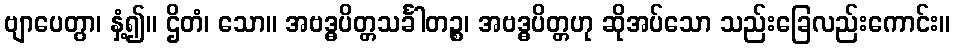
ဗျာပေတွာ၊ နှံ့၍။ ဌိတံ၊ သော။ အဗဒ္ဓပိတ္တသင်္ခါတဉ္စ၊ အဗဒ္ဓပိတ္တဟု ဆိုအပ်သော သည်းခြေလည်းကောင်း။